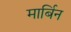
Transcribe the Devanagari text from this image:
मार्बिन